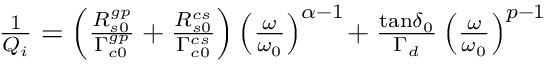
\begin{array} { r } { \frac { 1 } { Q _ { i } } = \left( \frac { R _ { s 0 } ^ { g p } } { \Gamma _ { c 0 } ^ { g p } } + \frac { R _ { s 0 } ^ { c s } } { \Gamma _ { c 0 } ^ { c s } } \right) \left( \frac { \omega } { \omega _ { 0 } } \right) ^ { \alpha - 1 } \! + \frac { { \tan \! \delta } _ { 0 } } { \Gamma _ { d } } \left( \frac { \omega } { \omega _ { 0 } } \right) ^ { p - 1 } } \end{array}